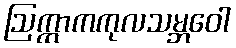
ဩက္ကာကကုလသမ္ဘဝေါ